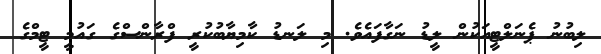
ލިބުނު ޕެނަލްޓީއަކުން ލީޑު ނަގާފައެވެ. މި ލަނޑު ކާމިޔާބުކުރީ ފްރާންސްގެ ގައުމީ ޓީމްގެ